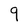
Character: 9